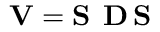
{ \bf V } = { \bf S } \, { \bf \Delta D } \, { \bf S }